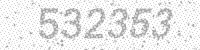
Solution: 532353